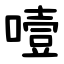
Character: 噎